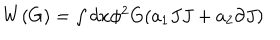
LaTeX: \begin{array} { l } { { W ( G ) = \int d x \phi ^ { 2 } G ( a _ { 1 } J J + a _ { 2 } \partial J ) } } \\ \end{array}